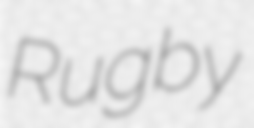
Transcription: Rugby